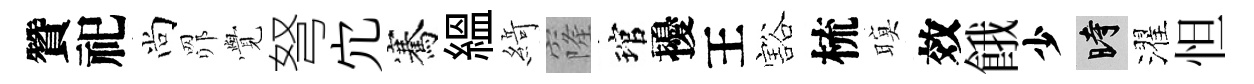
贊祀尚𦊑𮗜弩宂騫緼𦂶窿琯擾王豁梳暝效餓少时濯怛